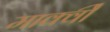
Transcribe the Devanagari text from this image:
मार्क्वी